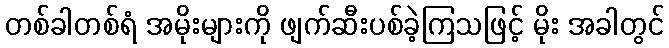
တစ်ခါတစ်ရံ အမိုးများကို ဖျက်ဆီးပစ်ခဲ့ကြသဖြင့် မိုး အခါတွင်